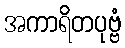
အကာရိတပုဗ္ဗံ